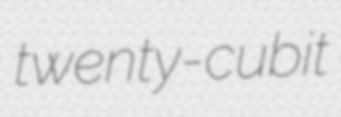
twenty-cubit